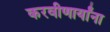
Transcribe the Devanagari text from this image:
करवीणार्यांना